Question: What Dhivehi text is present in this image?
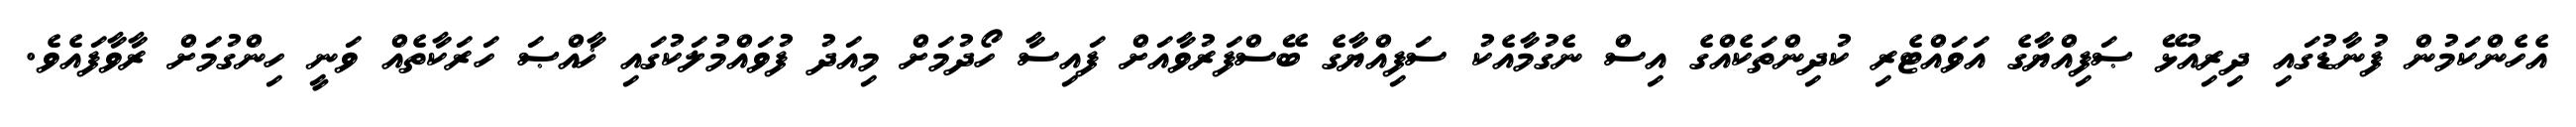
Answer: އެހެންކަމުން ފުނާޑުގައި ދިރިއުޅޭ ޞަފިއްޔާގެ އަވައްޓެރި ކުދިންތަކެއްގެ އިސް ނެގުމާއެކު ސަފިއްޔާގެ ބޭސްފަރުވާއަށް ފައިސާ ހޯދުމަށް މިއަދު ފުވައްމުލަކުގައި ޚާއްޞަ ހަރަކާތެއް ވަނީ ހިންގުމަށް ރާވާފައެވެ.